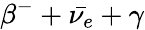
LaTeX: \beta^{-}+\bar{\nu_{e}}+\gamma